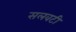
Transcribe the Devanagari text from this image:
सलवटी